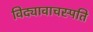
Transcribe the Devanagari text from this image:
विद्यावाचस्‍पति